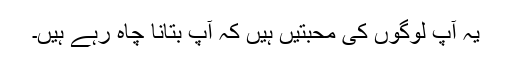
یہ آپ لوگوں کی محبتیں ہیں کہ آپ بتانا چاہ رہے ہیں۔